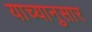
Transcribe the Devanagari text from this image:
याच्यानुसार